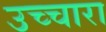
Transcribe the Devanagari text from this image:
उच्चारा